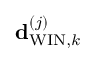
{ \bf d } _ { \mathrm { W I N } , k } ^ { \left( j \right) }